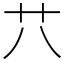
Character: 䒔